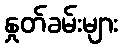
နှုတ်ခမ်းများ